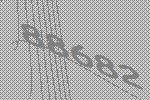
88682